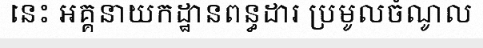
នេះ អគ្គនាយកដ្ឋានពន្ធដារ ប្រមូលចំណូល